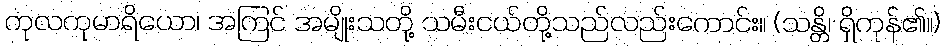
ကုလကုမာရိယော၊ အကြင် အမျိုးသတို့ သမီးငယ်တို့သည်လည်းကောင်း။ (သန္တိ၊ ရှိကုန်၏။)